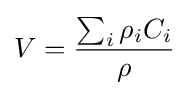
V={\frac {\sum _{i}\rho _{i}C_{i}}{\rho }}